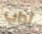
آداب